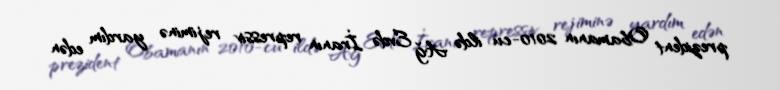
prezident Obamanın 2010-cu ildə Ağ Evdə İranın repressiv rejiminə yardım edən